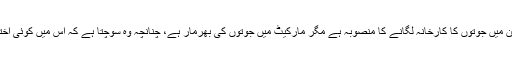
میں آپ کو اس کی ایک مثال دیتا ہوں، ایک انویسٹر کوئی نیا کاروبار شروع کرنا چاہتا ہے اس کے ذہن میں جوتوں کا کارخانہ لگانے کا منصوبہ ہے مگر مارکیٹ میں جوتوں کی بھرمار ہے، چنانچہ وہ سوچتا ہے کہ اس میں کوئی اختراع ہونا چاہئے، وہ جوتے کے تلوے میں ایک گھنٹی لگادیتا ہے اور اسےBell showکا نام دیتا ہے۔